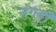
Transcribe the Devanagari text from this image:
नुंगवी